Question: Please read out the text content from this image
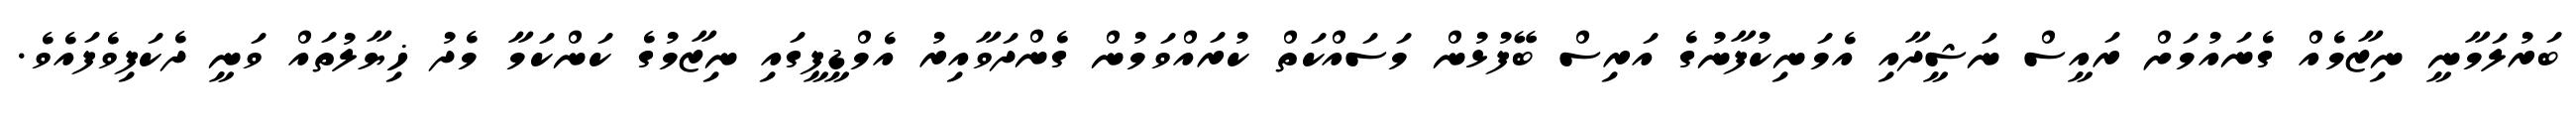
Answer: ބަރުލަމާނީ ނިޒާމެއް ގެނައުމަށް ރައީސް ނަޝީދާއި އެމަނިކުފާނުގެ އަރިސް ބޭފުޅުން މަސައްކަތް ކުރައްވަމުން ގެންދަވާއިރު އެމްޑީޕީގައި ނިޒާމުގެ ކަންކަމާ މެދު ޚިޔާލުތައް ވަނީ ދެކަފިވެފައެވެ.